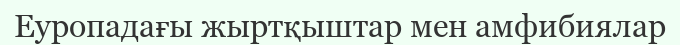
Еуропадағы жыртқыштар мен амфибиялар